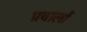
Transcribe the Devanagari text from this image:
प्रचालों